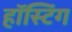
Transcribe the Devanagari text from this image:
हॉस्टिंग